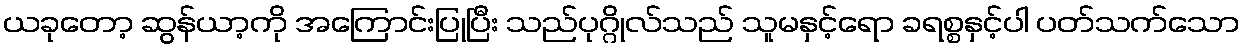
ယခုတော့ ဆွန်ယာ့ကို အကြောင်းပြုပြီး သည်ပုဂ္ဂိုလ်သည် သူမနှင့်ရော ခရစ္စနှင့်ပါ ပတ်သက်သော